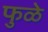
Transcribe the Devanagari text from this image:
फुळे